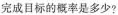
完成目标的概率是多少?